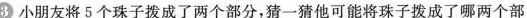
③小朋友将5个珠子拨成了两个部分，猜一猜他可能将珠子拨成了哪两个部